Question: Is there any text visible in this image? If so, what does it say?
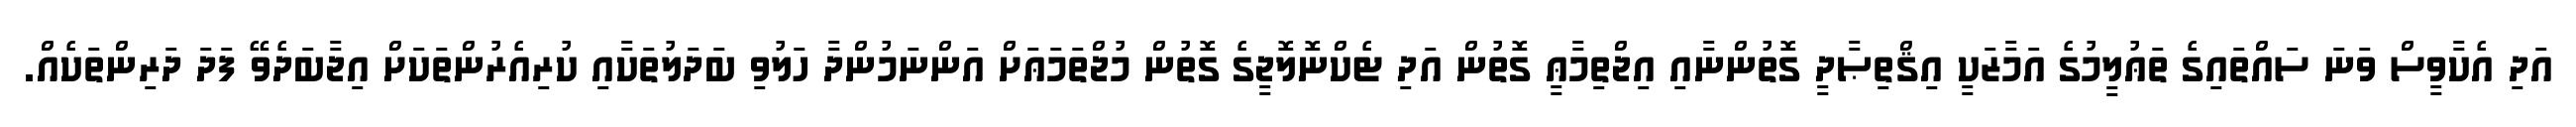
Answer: އަދި އެކާވީސް ވަނަ ސައްތައިގެ ތަޢުލީމުގެ އަމާޒަކީ އިޤްތިޞާދީ ގޮތުންނާއި އިޖްތިމާޢީ ގޮތުން އަދި ޓެކްނޮލޮޖީގެ ގޮތުން މުޖްތަމަޢަށް އަންނަމުންދާ ހަލުވި ބަދަލުތަކާއި ކުރިއެރުންތަކަށް އިޖާބަދެވޭ ފަދަ ދަރިންތަކެއް.